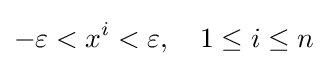
-\varepsilon <x^{i}<\varepsilon ,\quad 1\leq i\leq n